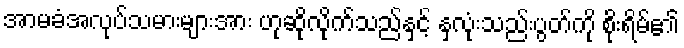
အာမခံအလုပ်သမားများအား ဟုဆိုလိုက်သည်နှင့် နှလုံးသည်းပွတ်ကို စိုးရိမ်၏